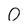
Character: O